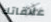
علاقاتك